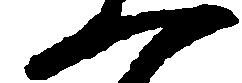
一